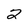
Character: 2